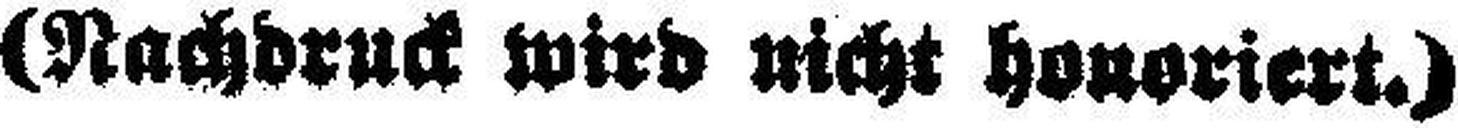
(Nachdruck wird nicht honoriert.)